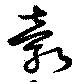
縠